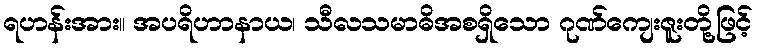
ရဟန်းအား။ အပရိဟာနာယ၊ သီလသမာဓိအစရှိသော ဂုဏ်ကျေးဇူးတို့ဖြင့်